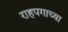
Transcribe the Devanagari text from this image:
राहपगाच्या